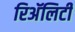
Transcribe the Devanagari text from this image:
रिअॅलिटी